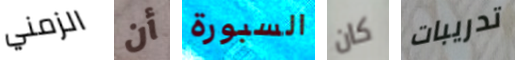
الزمني أن السبورة كان تدريبات